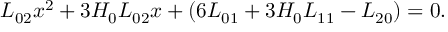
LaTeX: L _ { 0 2 } x ^ { 2 } + 3 H _ { 0 } L _ { 0 2 } x + ( 6 L _ { 0 1 } + 3 H _ { 0 } L _ { 1 1 } - L _ { 2 0 } ) = 0 .